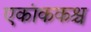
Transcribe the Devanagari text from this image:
एकांककश्च